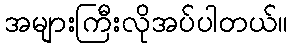
အများကြီးလိုအပ်ပါတယ်။